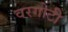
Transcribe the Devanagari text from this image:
वरगोटी